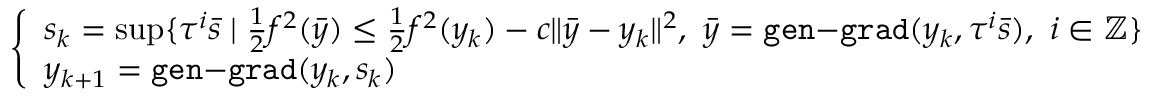
\left\{ \begin{array} { l l } { s _ { k } = \operatorname* { s u p } \{ \tau ^ { i } \bar { s } \mid \frac { 1 } { 2 } f ^ { 2 } ( \bar { y } ) \leq \frac { 1 } { 2 } f ^ { 2 } ( y _ { k } ) - c \| \bar { y } - y _ { k } \| ^ { 2 } , \ \bar { y } = \mathtt { g e n \mathrm { - } g r a d } ( y _ { k } , \tau ^ { i } \bar { s } ) , \ i \in \mathbb { Z } \} } \\ { y _ { k + 1 } = \mathtt { g e n \mathrm { - } g r a d } ( y _ { k } , s _ { k } ) } \end{array} \right.